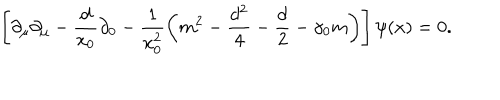
LaTeX: \left[ \partial _ { \mu } \partial _ { \mu } - \frac { d } { x _ { 0 } } \partial _ { 0 } - \frac { 1 } { x _ { 0 } ^ { 2 } } \left( m ^ { 2 } - \frac { d ^ { 2 } } { 4 } - \frac { d } { 2 } - \gamma _ { 0 } m \right) \right] \psi ( x ) = 0 .